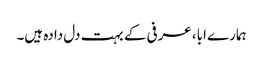
ہمارے ابا، عرفی کے بہت دل دادہ ہیں۔